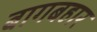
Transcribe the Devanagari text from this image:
बागबहार